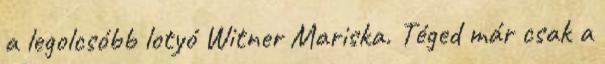
a legolcsóbb lotyó Witner Mariska. Téged már csak a